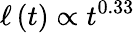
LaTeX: \ell\left(t\right)\propto t^{0.33}